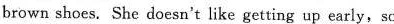
brown shoes. She doesn't like getting up early, so